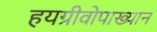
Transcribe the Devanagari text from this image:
हयग्रीवोपाख्यान